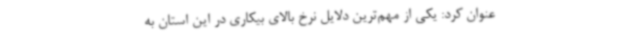
عنوان کرد: یکی از مهم‌ترین دلایل نرخ بالای بیکاری در این استان به